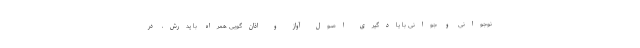
نوجوانی و جوانی با یادگیری اصول آواز و اذان‌گویی همراه با پدرش، در